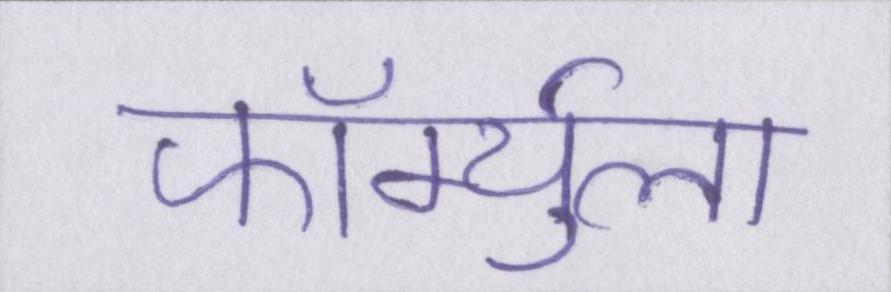
फॉर्म्युला